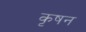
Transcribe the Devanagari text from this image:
कृषन